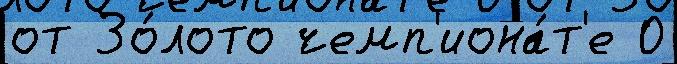
от Зо́лото чемп'иона́т'е 0